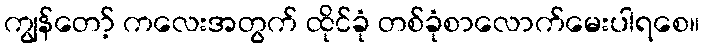
ကျွန်တော့် ကလေးအတွက် ထိုင်ခုံ တစ်ခုံစာလောက်မေးပါရစေ။